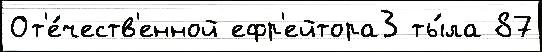
От'е́честв'енной ефр'ейтора3 ты́ла 87